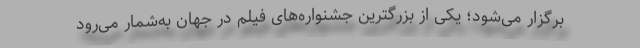
برگزار می‌شود؛ یکی از بزرگترین جشنواره‌های فیلم در جهان به‌شمار می‌رود